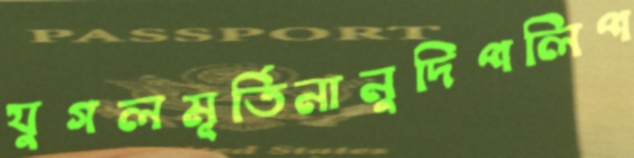
যুগলমূর্তিনানুদিপলিপ